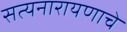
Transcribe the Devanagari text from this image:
सत्यनारायणाचे